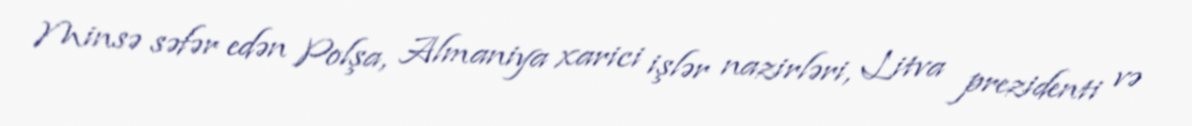
Minsə səfər edən Polşa, Almaniya xarici işlər nazirləri, Litva prezidenti və